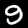
Digit: 9